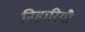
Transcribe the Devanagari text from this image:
निहारियौ